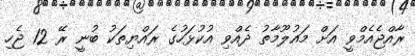
ރާއްޖެއެމްވީ އަށް މައުލޫމާތު ދެއްވި އުކުޅަހުގެ ރައްޔިތަކު ބުނީ ރޭ 12 ޖެހި